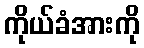
ကိုယ်ခံအားကို